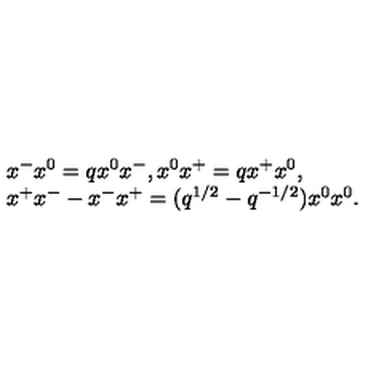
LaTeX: \begin{array} { l } { x ^ { - } x ^ { 0 } = q x ^ { 0 } x ^ { - } , x ^ { 0 } x ^ { + } = q x ^ { + } x ^ { 0 } , } \\ { x ^ { + } x ^ { - } - x ^ { - } x ^ { + } = ( q ^ { 1 / 2 } - q ^ { - 1 / 2 } ) x ^ { 0 } x ^ { 0 } . } \\ \end{array}